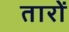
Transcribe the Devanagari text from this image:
तारों